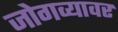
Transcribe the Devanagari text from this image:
जोगव्यावर